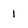
Character: I